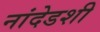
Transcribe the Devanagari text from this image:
नांदेडशी